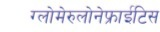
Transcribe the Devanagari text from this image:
ग्लोमेरुलोनेफ्राईटिस